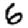
Digit: 6